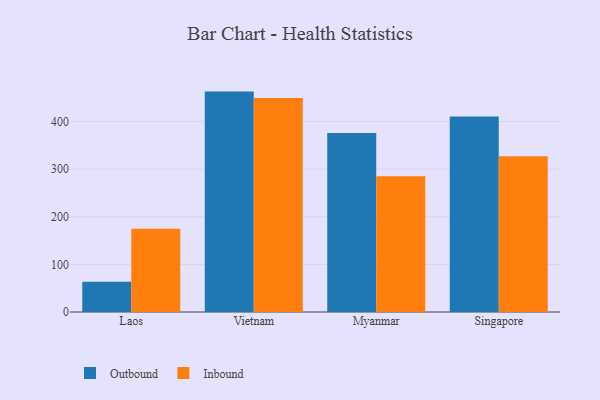
{"axis": {"x": "Country", "y": "Customer Acquisition Cost (USD)"}, "legend": ["Inbound", "Outbound"], "data": [{"x": "Laos", "y": 63.3, "type": "Outbound"}, {"x": "Laos", "y": 174.9, "type": "Inbound"}, {"x": "Vietnam", "y": 463.0, "type": "Outbound"}, {"x": "Vietnam", "y": 449.4, "type": "Inbound"}, {"x": "Myanmar", "y": 375.9, "type": "Outbound"}, {"x": "Myanmar", "y": 285.2, "type": "Inbound"}, {"x": "Singapore", "y": 410.8, "type": "Outbound"}, {"x": "Singapore", "y": 327.3, "type": "Inbound"}]}